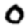
Digit: 0